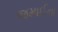
જમાઈના